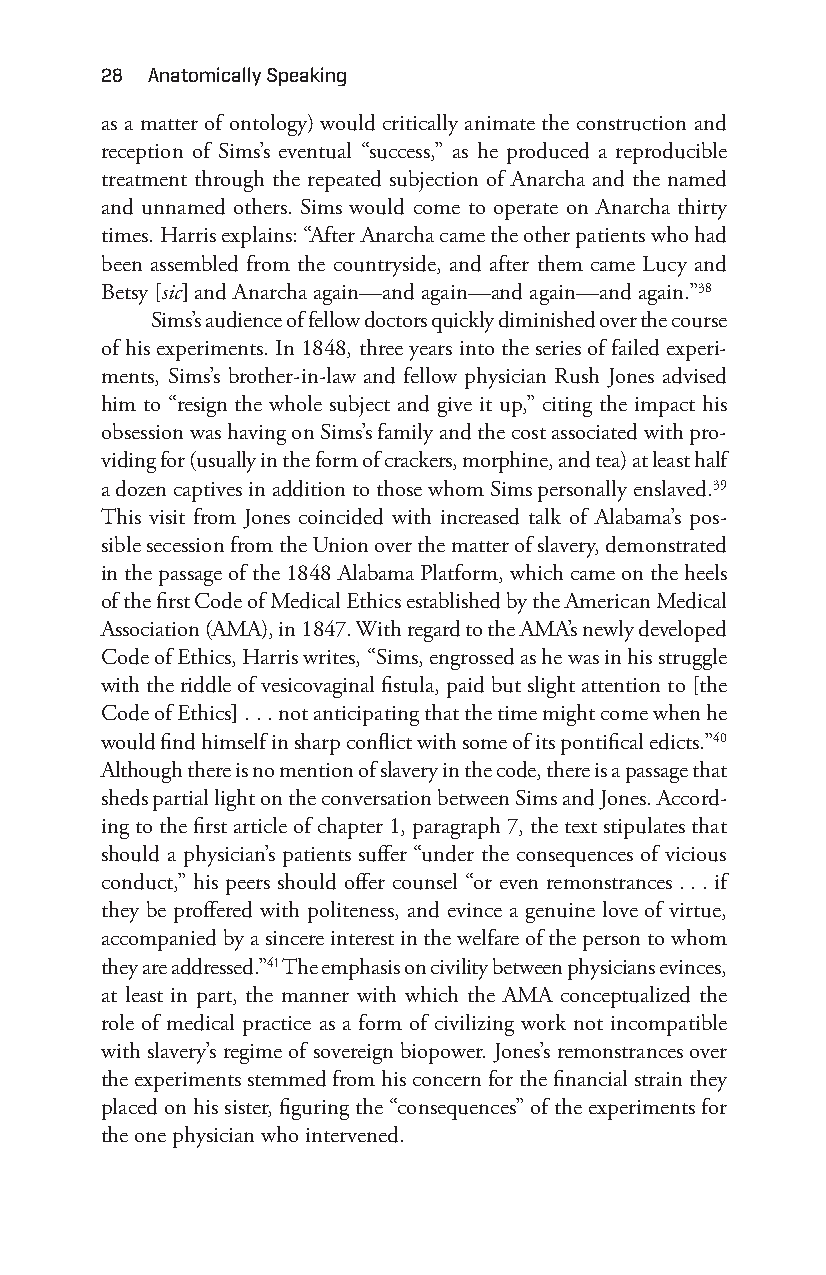
28 anatomically Speaking
 as a matter of ontology) would critically animate the construction and
 reception of Sims’s eventual “success,” as he produced a reproducible
 treatment through the repeated subjection of Anarcha and the named
 and unnamed others. Sims would come to operate on Anarcha thirty
 times. Harris explains: “After Anarcha came the other patients who had
 been assembled from the countryside, and after them came Lucy and
 Betsy [sic] and Anarcha again— and again— and again— and again.”38
 Sims’s audience of fellow doctors quickly diminished over the course
 of his experiments. In 1848, three years into the series of failed experi-
 ments, Sims’s brother- in- law and fellow physician Rush Jones advised
 him to “resign the whole subject and give it up,” citing the impact his
 obsession was having on Sims’s family and the cost associated with pro-
 viding for (usually in the form of crackers, morphine, and tea) at least half
 a dozen captives in addition to those whom Sims personally enslaved.39
 This visit from Jones coincided with increased talk of Alabama’s pos-
 sible secession from the Union over the matter of slavery, demonstrated
 in the passage of the 1848 Alabama Platform, which came on the heels
 of the first Code of Medical Ethics established by the American Medical
 Association (AMA), in 1847. With regard to the AMA’s newly developed
 Code of Ethics, Harris writes, “Sims, engrossed as he was in his struggle
 with the riddle of vesicovaginal fistula, paid but slight attention to [the
 Code of Ethics] . . . not anticipating that the time might come when he
 would find himself in sharp conflict with some of its pontifical edicts.”40
 Although there is no mention of slavery in the code, there is a passage that
 sheds partial light on the conversation between Sims and Jones. Accord-
 ing to the first article of chapter 1, paragraph 7, the text stipulates that
 should a physician’s patients suffer “under the consequences of vicious
 conduct,” his peers should offer counsel “or even remonstrances . . . if
 they be proffered with politeness, and evince a genuine love of virtue,
 accompanied by a sincere interest in the welfare of the person to whom
 they are addressed.”41 The emphasis on civility between physicians evinces,
 at least in part, the manner with which the AMA conceptualized the
 role of medical practice as a form of civilizing work not incompatible
 with slavery’s regime of sovereign biopower. Jones’s remonstrances over
 the experiments stemmed from his concern for the financial strain they
 placed on his sister, figuring the “consequences” of the experiments for
 the one physician who intervened.
 Snorton.indd 28                             29/09/2017 8:40:57 AM